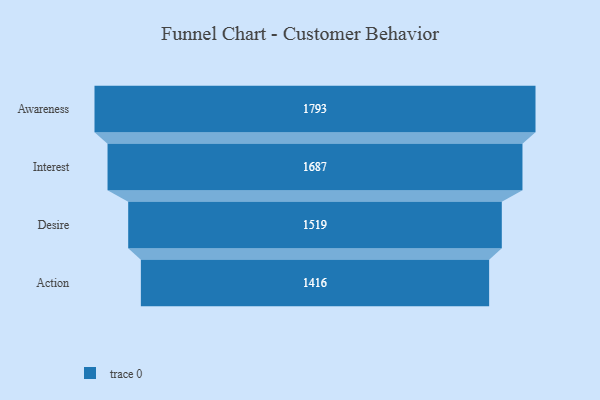
{"axis": {"x": "Stage", "y": "Value"}, "legend": [""], "data": [{"x": "Awareness", "y": 1793.0, "type": ""}, {"x": "Interest", "y": 1687.0, "type": ""}, {"x": "Desire", "y": 1519.0, "type": ""}, {"x": "Action", "y": 1416.0, "type": ""}]}